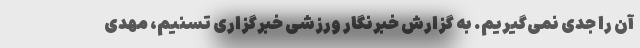
آن را جدی نمی‌گیریم. به گزارش خبرنگار ورزشی خبرگزاری تسنیم، مهدی